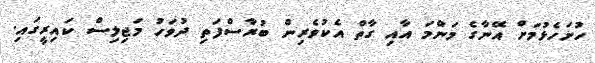
ހުށަހެޅުމަށް އޭނާގެ މަންމަ އާއި ގާތް އެކުވެރިން ބުރާސްފަތި ދުވަހު މަޖިލިސް ކައިރީގައި.